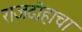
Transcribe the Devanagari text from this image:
राजदोहाचा